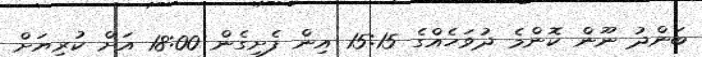
ބަންދު ނޫން ކޮންމެ ދުވަހެއްގެ 15:15 އިން ފެށިގެން 18:00 އަށް ކުރިޔަށް